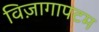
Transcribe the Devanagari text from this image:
विज़ागापटम